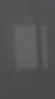
"